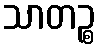
သာတဉ္စ